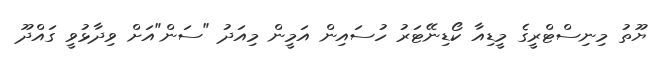
ޔޫތު މިނިސްޓްރީގެ މީޑިއާ ކޯޑިނޭޓަރު ހުސައިން އަމީން މިއަދު "ސަން"އަށް ވިދާޅުވީ ގައްދޫ